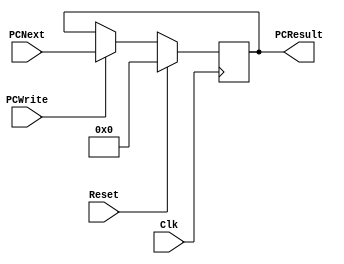
module pc(PCNext, PCResult, Reset, Clk,PCWrite);

	input       [63:0]  PCNext;
	input               Reset, Clk,PCWrite;

	output reg  [63:0]  PCResult;


	initial begin
	
		PCResult <= 64'h000000000;
	end

    always @(posedge Clk)
    begin
    	if (Reset == 1)
    	begin
    		PCResult <= 64'h000000000;
    	end
    	else
    	begin
			if (PCWrite == 1) begin
				PCResult <= PCNext;
			end
    	end

		
    end

endmodule